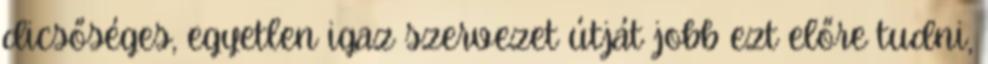
dicsőséges, egyetlen igaz szervezet útját jobb ezt előre tudni,